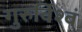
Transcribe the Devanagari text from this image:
गुरुर्विश्वं